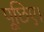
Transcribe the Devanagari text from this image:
पूछिए।